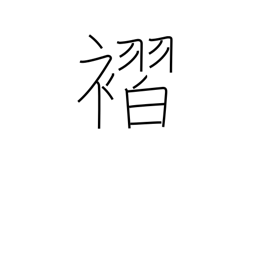
Meaning: pleats